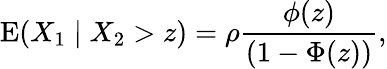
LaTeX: \operatorname{E}(X_{1}\mid X_{2}>z)=\rho{\frac{\phi(z)}{(1-\Phi(z))}},